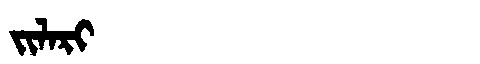
Manchu: ᠵᡳᠯᠠᡵᡳ
Romanization: JILARI